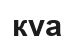
куа